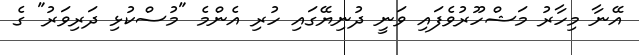
އޭނާ މިހާރު މަޝްހޫރުވެފައި ވަނީ ދުނިޔޭގައި ހުރި އެންމެ "މުސްކުޅި ދަރިވަރު" ގެ